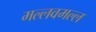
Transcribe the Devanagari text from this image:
मल्लवमल्ल